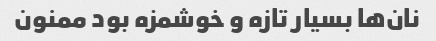
نان‌ها بسیار تازه و خوشمزه بود ممنون